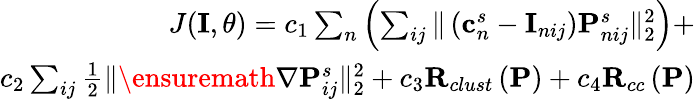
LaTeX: \begin{array}{r}{J(\mathbf{I},\theta)=c_{1}\sum_{n}\left(\sum_{ij}\| \left(\mathbf{c}_{n}^{s}-\mathbf{I}_{nij}\right)\mathbf{P}_{nij}^{s}\| _{2}^{2}\right)+}\\ {c_{2}\sum_{ij}\frac{1}{2}\| \ensuremath{\nabla}\mathbf{P}_{ij}^{s}\| _{2}^{2}+c_{3}\mathbf{R}_{clust}\left(\mathbf{P}\right)+c_{4}\mathbf{R}_{cc}\left(\mathbf{P}\right)}\end{array}